Indian journal of veterinary science and animal husbandry - Volume 7,
Year: 1937
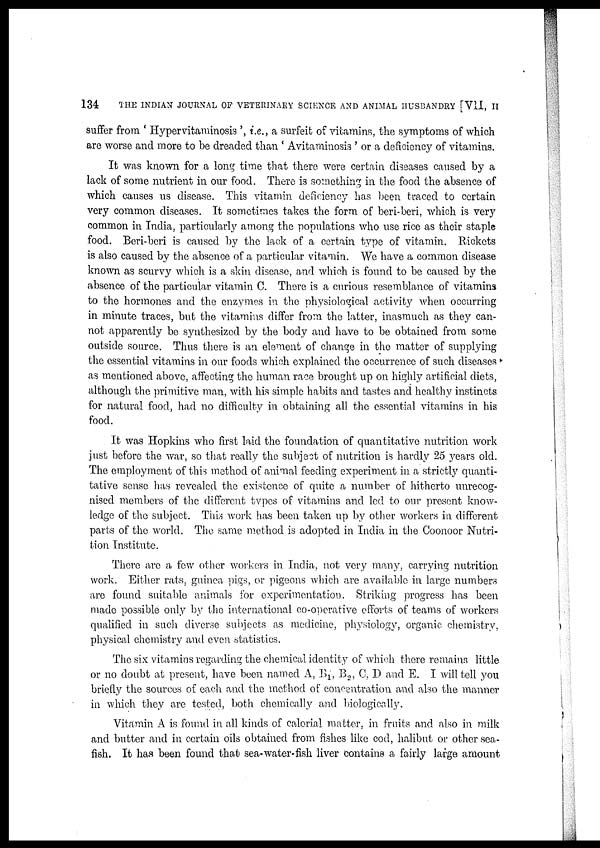
134
THE INDIAN JOURNAL OF VETERINARY SCIENCE AND ANIMAL HUSBANDRY [VII, II
suffer from ' Hypervitaminosis ', i.e., a surfeit of vitamins, the symptoms of which
are worse and more to be dreaded than ' Avitaminosis ' or a deficiency of vitamins.
It was known for a long time that there were certain diseases caused by a
lack of some nutrient in our food. There is something in the food the absence of
which causes us disease. This vitamin deficiency has been traced to certain
very common diseases. It sometimes takes the form of beri-beri, which is very
common in India, particularly among the populations who use rice as their staple
food. Beri-beri is caused by the lack of a certain type of vitamin. Rickets
is also caused by the absence of a particular vitamin. We have a common disease
known as scurvy which is a skin disease, and which is found to be caused by the
absence of the particular vitamin C. There is a curious resemblance of vitamins
to the hormones and the enzymes in the physiological activity when occurring
in minute traces, but the vitamins differ from the latter, inasmuch as they can-
not apparently be synthesized by the body and have to be obtained from some
outside source. Thus there is an element of change in the matter of supplying
the essential vitamins in our foods which explained the occurrence of such diseases
as mentioned above, affecting the human race brought up on highly artificial diets,
although the primitive man, with his simple habits and tastes and healthy instincts
for natural food, had no difficulty in obtaining all the essential vitamins in his
food.
It was Hopkins who first laid the foundation of quantitative nutrition work
just before the war, so that really the subject of nutrition is hardly 25 years old.
The employment of this method of animal feeding experiment in a strictly quanti-
tative sense has revealed the existence of quite a number of hitherto unrecog-
nised members of the different types of vitamins and led to our present know-
ledge of the subject. This work has been taken up by other workers in different
parts of the world. The same method is adopted in India in the Coonoor Nutri-
tion Institute.
'There are a few other workers in India, not very many, carrying nutrition
work. Either rats, guinea pigs, or pigeons which are available in large numbers
are found suitable animals for experimentation. Striking progress has been
made possible only by the international co-operative efforts of teams of workers
qualified in such diverse subjects as medicine, physiology, organic chemistry,
physical chemistry and even statistics.
The six vitamins regarding the chemical identity of which there remains little
or no doubt at present, have been named A, B 1, B 2 , C, D and E. I will tell you
briefly the sources of each and the method of concentration and also the manner
in which they are tested, both chemically and biologically.
Vitamin A is found in all kinds of calorial matter, in fruits and also in milk
and butter and in certain oils obtained from fishes like cod, halibut or other sea-
fish. It has been found that sea-water-fish liver contains a fairly large amount